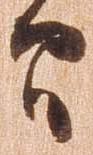
間